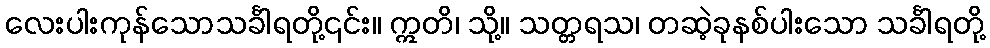
လေးပါးကုန်သောသင်္ခါရတို့၎င်း။ ဣတိ၊ သို့။ သတ္တရသ၊ တဆဲ့ခုနစ်ပါးသော သင်္ခါရတို့